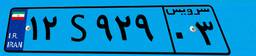
۱۲S۹۲۹۰۳